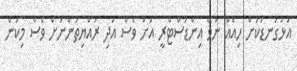
އަޅުގަނޑަކަށް ހިއެއް ނުވޭ އިންޑަސްޓްރީ އަށް ވެސް އަދި ރައްޔިތުންނަށް ވެސް މިކަން